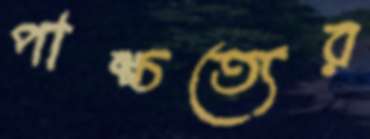
পাশ্চত্যের